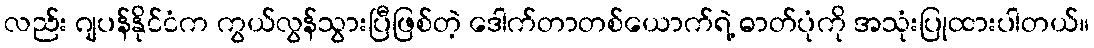
လည်း ဂျပန်နိုင်ငံက ကွယ်လွန်သွားပြီဖြစ်တဲ့ ဒေါက်တာတစ်ယောက်ရဲ့ ဓာတ်ပုံကို အသုံးပြုထားပါတယ်။